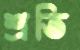
শ্রতি